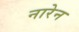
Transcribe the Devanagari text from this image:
नारेन